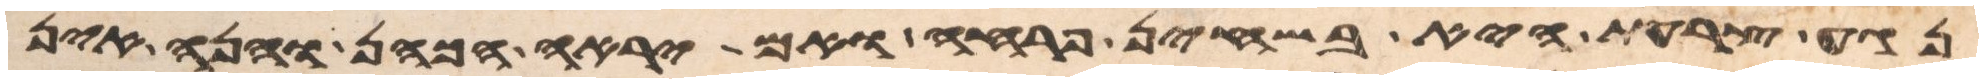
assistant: נגע צרעת היא בשחין פרחה ואם יראה הכהן והנה אין